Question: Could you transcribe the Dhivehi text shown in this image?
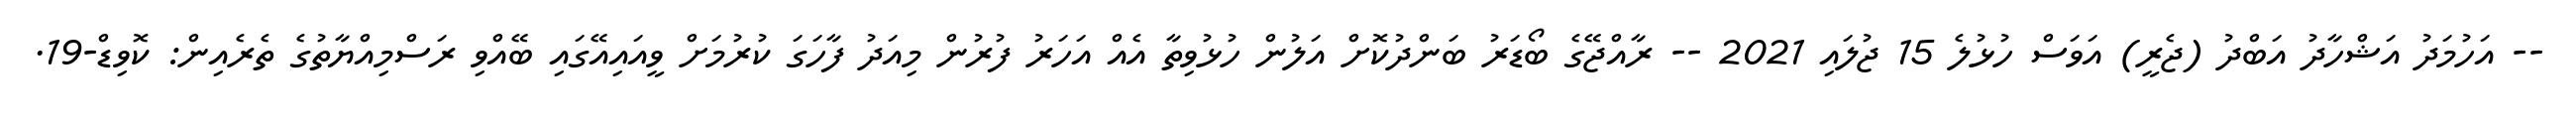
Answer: -- އަހުމަދު އަޝްހާދު އަބްދު (ޖެރީ) އަވަސް ހުޅުލެ 15 ޖުލައި 2021 -- ރާއްޖޭގެ ބޯޑަރު ބަންދުކޮށް އަލުން ހުޅުވިތާ އެއް އަހަރު ފުރުން މިއަދު ފާހަގަ ކުރުމަށް ވީއައިއޭގައި ބޭއްވި ރަސްމިއްޔާތުގެ ތެރެއިން: ކޮވިޑް-19.